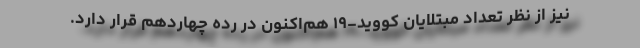
نیز از نظر تعداد مبتلایان کووید-۱۹ هم‌اکنون در رده چهاردهم قرار دارد.